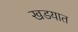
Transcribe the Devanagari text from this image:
खडयात